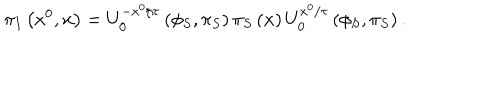
\pi _ { I } \left( x ^ { 0 } , { \bf x } \right) = U _ { 0 } ^ { - x ^ { 0 } / \tau } \left( \phi _ { S } , \pi _ { S } \right) \pi _ { S } \left( { \bf x } \right) U _ { 0 } ^ { x ^ { 0 } / \tau } \left( \phi _ { S } , \pi _ { S } \right) .